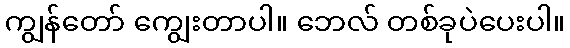
ကျွန်တော် ကျွေးတာပါ။ ဘေလ် တစ်ခုပဲပေးပါ။